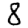
Digit: 8